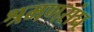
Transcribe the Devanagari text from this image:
श्रमणसंघ